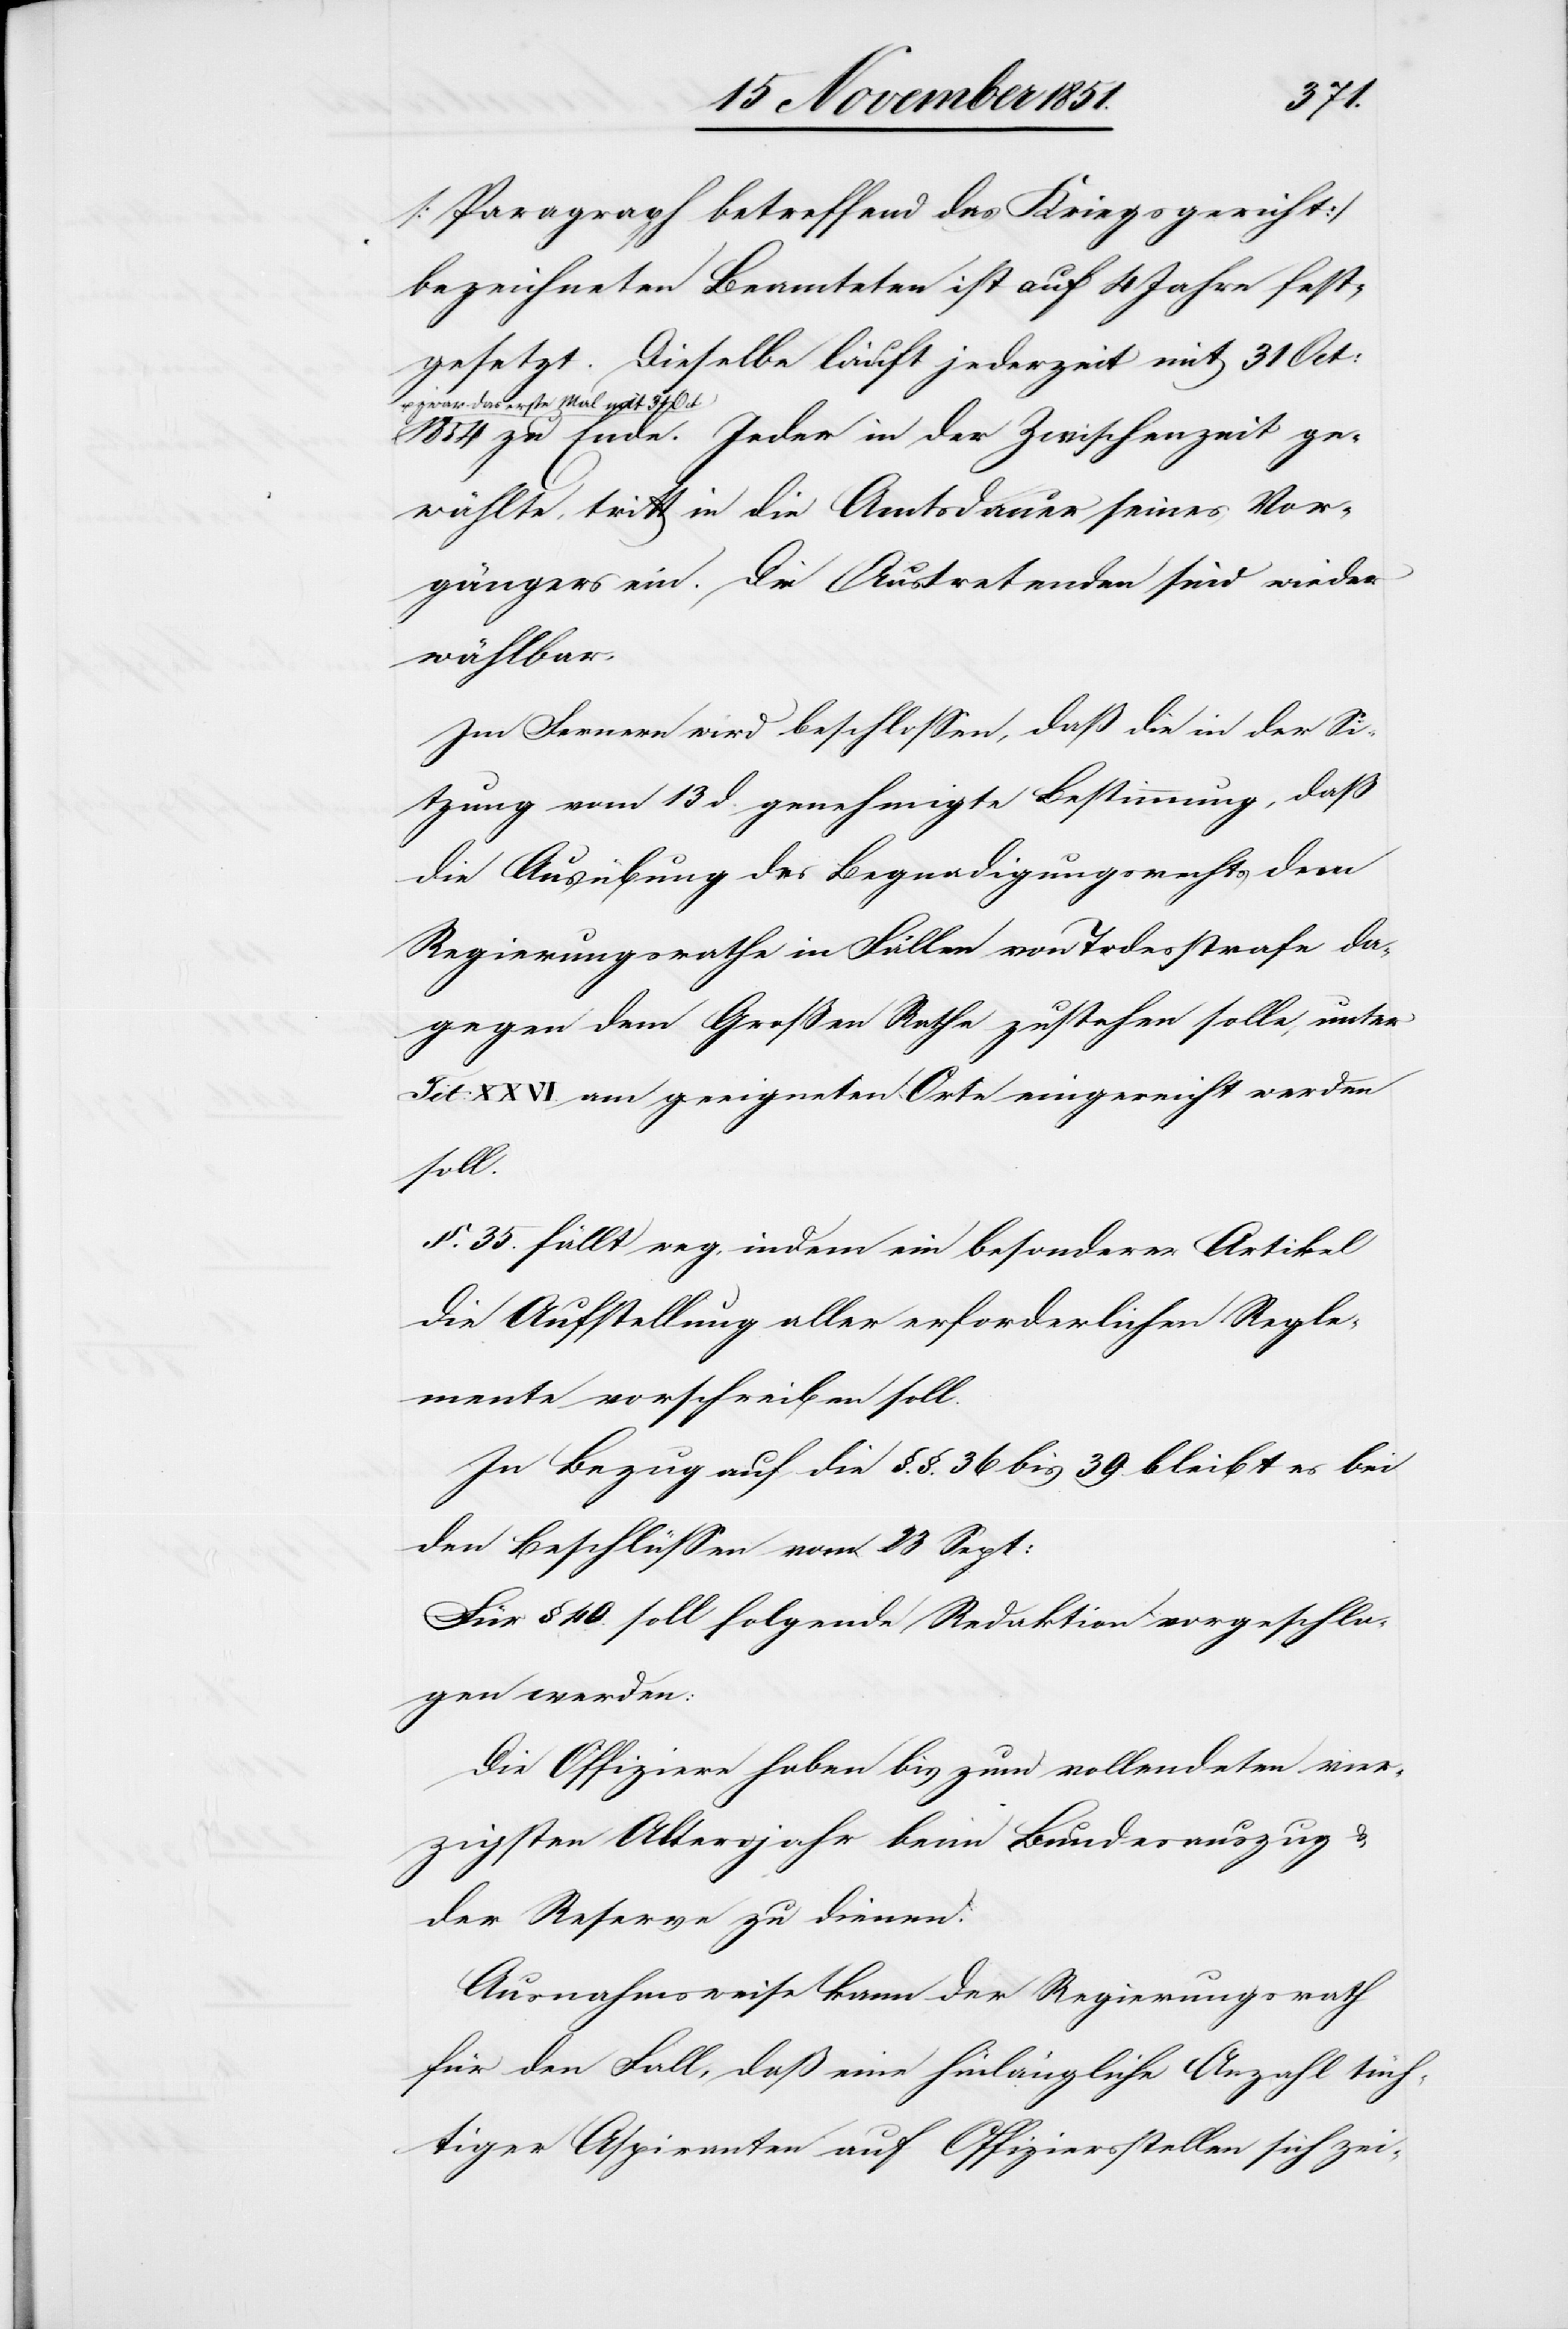
[Paragraph betreffend das Kriegsgericht]
bezeichneten Beamteten ist auf 4 Jahre fest¬
gesetzt. Dieselbe läuft jederzeit mit 31 Oct:
zwar das erste Mal mit 31 Oct:
1854 zu Ende. Jeder in der Zwischenzeit ge¬
wählte [sic!], tritt in die Amtsdauer seines Vor¬
gängers ein. Die Austretenden sind wieder
wählbar.
Im Fernern wird beschlossen, daß die in der Si¬
tzung vom 13 d. genehmigte Bestimmung, daß
die Ausübung des Begnadigungsrechts dem
Regierungsrathe in Fällen von Todesstrafe da¬
gegen dem Großen Rathe zustehen solle, unter
Tit: XXVI. am geeigneten Orte eingereiht werden
soll.
§. 35. fällt weg, indem ein besonderer Artikel
die Aufstellung aller erforderlichen Regle¬
mente vorschreiben soll.
In Bezug auf die §.§. 36 bis 39. bleibt es bei
den Beschlüssen vom 23 Sept:
Für § 40 soll folgende Redaktion vorgeschla¬
gen werden:
Die Offiziere haben bis zum vollendeten vier¬
zigsten Altersjahr beim Bundesauszug &
der Reserve zu dienen.
Ausnahmsweise kann der Regierungsrath
für den Fall, daß eine hinlängliche Anzahl tüch¬
tiger Aspiranten auf Offiziersstellen sich zei-